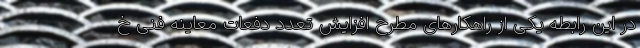
در این رابطه یکی از راهکارهای مطرح افزایش تعدد دفعات معاینه فنی خ